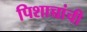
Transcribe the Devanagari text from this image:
पिशाच्चांची